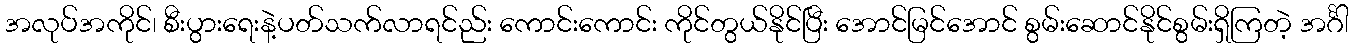
အလုပ်အကိုင်၊ စီးပွားရေးနဲ့ပတ်သက်လာရင်ည်း ကောင်းကောင်း ကိုင်တွယ်နိုင်ပြီး အောင်မြင်အောင် စွမ်းဆောင်နိုင်စွမ်းရှိကြတဲ့ အင်္ဂါ